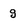
Character: g